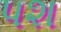
પશ